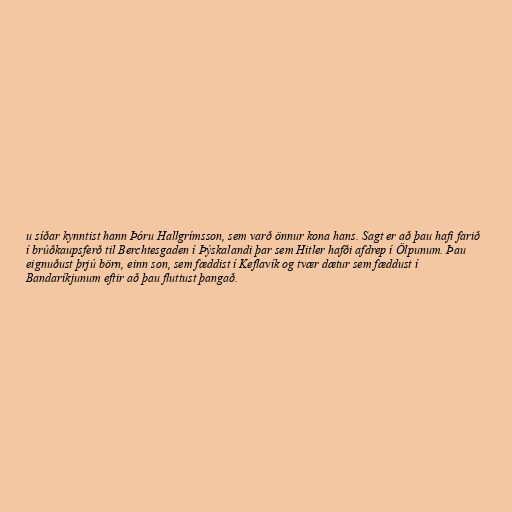
u síðar kynntist hann Þóru Hallgrímsson, sem varð önnur kona hans. Sagt er að þau hafi farið
í brúðkaupsferð til Berchtesgaden í Þýskalandi þar sem Hitler hafði afdrep í Ölpunum. Þau
eignuðust þrjú börn, einn son, sem fæddist í Keflavík og tvær dætur sem fæddust í
Bandaríkjunum eftir að þau fluttust þangað.